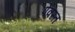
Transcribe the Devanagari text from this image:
पेवस्त